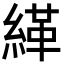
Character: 緙